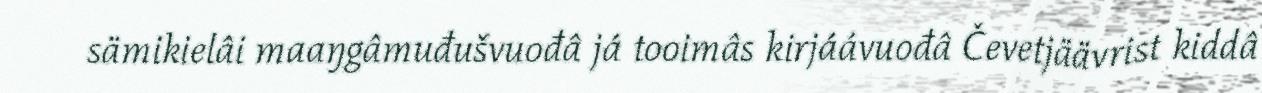
sämikielâi maaŋgâmuđušvuođâ já tooimâs kirjáávuođâ Čevetjäävrist kiddâ